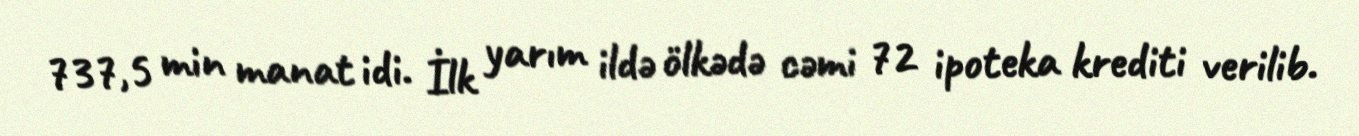
737,5 min manat idi. İlk yarım ildə ölkədə cəmi 72 ipoteka krediti verilib.